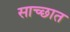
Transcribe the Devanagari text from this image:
साच्छात